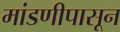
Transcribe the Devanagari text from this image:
मांडणीपासून